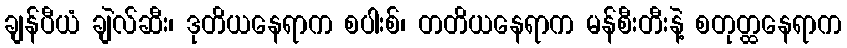
ချန်ပီယံ ချဲလ်ဆီး၊ ဒုတိယနေရာက စပါးစ်၊ တတိယနေရာက မန်စီးတီးနဲ့ စတုတ္ထနေရာက